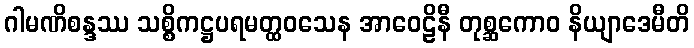
ဂါမဏိစန္ဒဿ သစ္စိကဋ္ဌပရမတ္ထဝသေန အာဝေဠိနီ တုစ္ဆကောဝ နိယျာဒေမီတိ